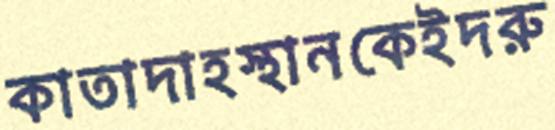
কাতাদাহস্থানকেইদরু